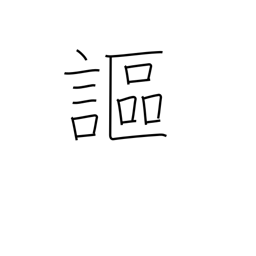
Meaning: declare